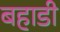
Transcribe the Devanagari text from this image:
बहाडी